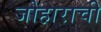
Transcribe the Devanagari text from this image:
जोहाराची